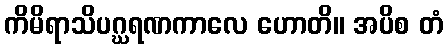
ကိမိရာသိပဂ္ဃရဏကာလေ ဟောတိ။ အပိစ တံ